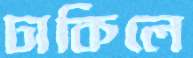
ঢাকিলে